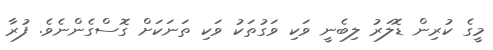
މީގެ ކުރިން ޑޮލަރު ލިބެނީ ވަކި ވަގުތަކު ވަކި ތަނަކަށް ގޮސްގެންނެވެ. ފުރާ